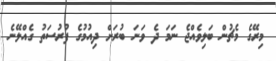
މިރޭގެ މެޗުން ބަލިވެއްޖެ ނަމަ ދެ ވަނަ ބުރަށް ދިއުމުގެ ފުރުސަތު ގެއްލޭނެ